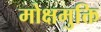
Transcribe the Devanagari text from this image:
मोक्षमुक्ति